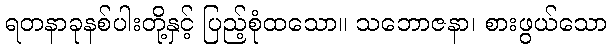
ရတနာခုနစ်ပါးတို့နှင့် ပြည့်စုံထသော။ သဘောဇနာ၊ စားဖွယ်သော